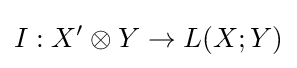
I:X'\otimes Y\to L(X;Y)